Plague in India, 1896, 1897 - Volume 1
Year: 1896
Disease focus: Plague
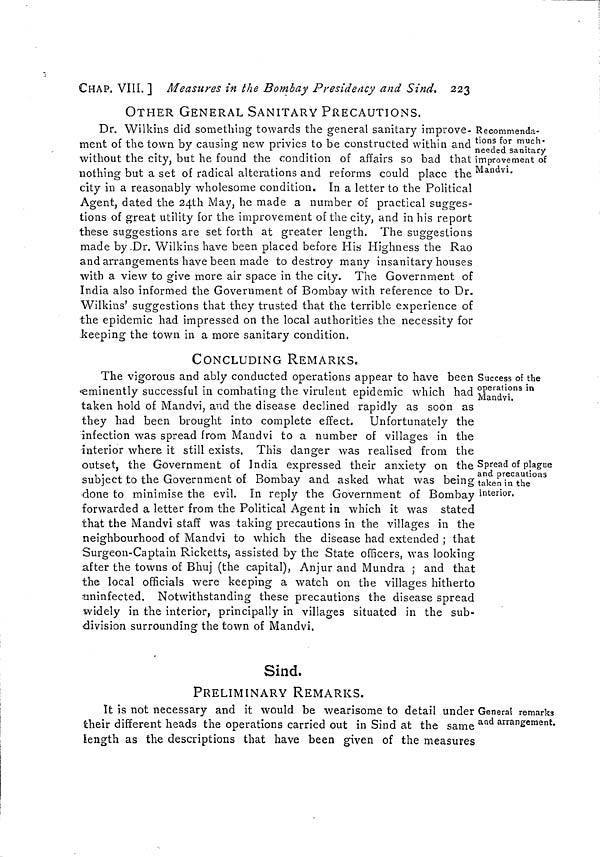
CHAP. VIII.] Measures in the Bombay Presidency and Sind. 223
OTHER GENERAL SANITARY PRECAUTIONS.
Recommenda-
tions for much
needed sanitary
improvement of
Mandvi.
Dr. Wilkins did something towards the general sanitary improve-
ment of the town by causing new privies to be constructed within and
without the city, but he found the condition of affairs so bad that
nothing but a set of radical alterations and reforms could place the
city in a reasonably wholesome condition. In a letter to the Political
Agent, dated the 24th May, he made a number of practical sugges-
tions of great utility for the improvement of the city, and in his report
these suggestions are set forth at greater length. The suggestions
made by Dr. Wilkins have been placed before His Highness the Rao
and arrangements have been made to destroy many insanitary houses
with a view to give more air space in the city. The Government of
India also informed the Government of Bombay with reference to Dr.
Wilkins' suggestions that they trusted that the terrible experience of
the epidemic had impressed on the local authorities the necessity for
keeping the town in a more sanitary condition.
CONCLUDING REMARKS.
Success of the
operations in
Mandvi.
Spread of plague
and precautions
taken in the
interior.
The vigorous and ably conducted operations appear to have been
eminently successful in combating the virulent epidemic which had
taken hold of Mandvi, and the disease declined rapidly as soon as
they had been brought into complete effect. Unfortunately the
infection was spread from Mandvi to a number of villages in the
interior where it still exists. This danger was realised from the
outset, the Government of India expressed their anxiety on the
subject to the Government of Bombay and asked what was being
done to minimise the evil. In reply the Government of Bombay
forwarded a letter from the Political Agent in which it was stated
that the Mandvi staff was taking precautions in the villages in the
neighbourhood of Mandvi to which the disease had extended ; that
Surgeon-Captain Ricketts, assisted by the State officers, was looking
after the towns of Bhuj (the capital), Anjur and Mundra ; and that
the local officials were keeping a watch on the villages hitherto
uninfected. Notwithstanding these precautions the disease spread
widely in the interior, principally in villages situated in the sub-
division surrounding the town of Mandvi.
Sind.
PRELIMINARY REMARKS.
General remarks
and arrangement.
It is not necessary and it would be wearisome to detail under
their different heads the operations carried out in Sind at the same
length as the descriptions that have been given of the measures